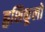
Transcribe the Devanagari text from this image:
हृशिकूलों